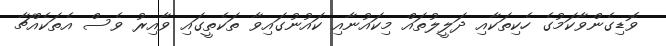
ވޮޑިގެންވާކަމުގެ ހެކިތަކާއި ދަލީލުތައް މިކައުނާއި ކައުނުގައިވާ ތަކެތީގައި ވާއިރު ވެސް އެތަކެއްޗާ